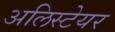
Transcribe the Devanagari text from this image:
अलिस्टेयर